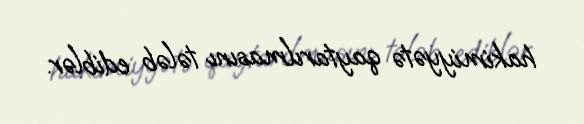
hakimiyyətə qaytarılmasını tələb ediblər.